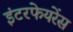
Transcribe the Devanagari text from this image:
इंटरफेयरेंस